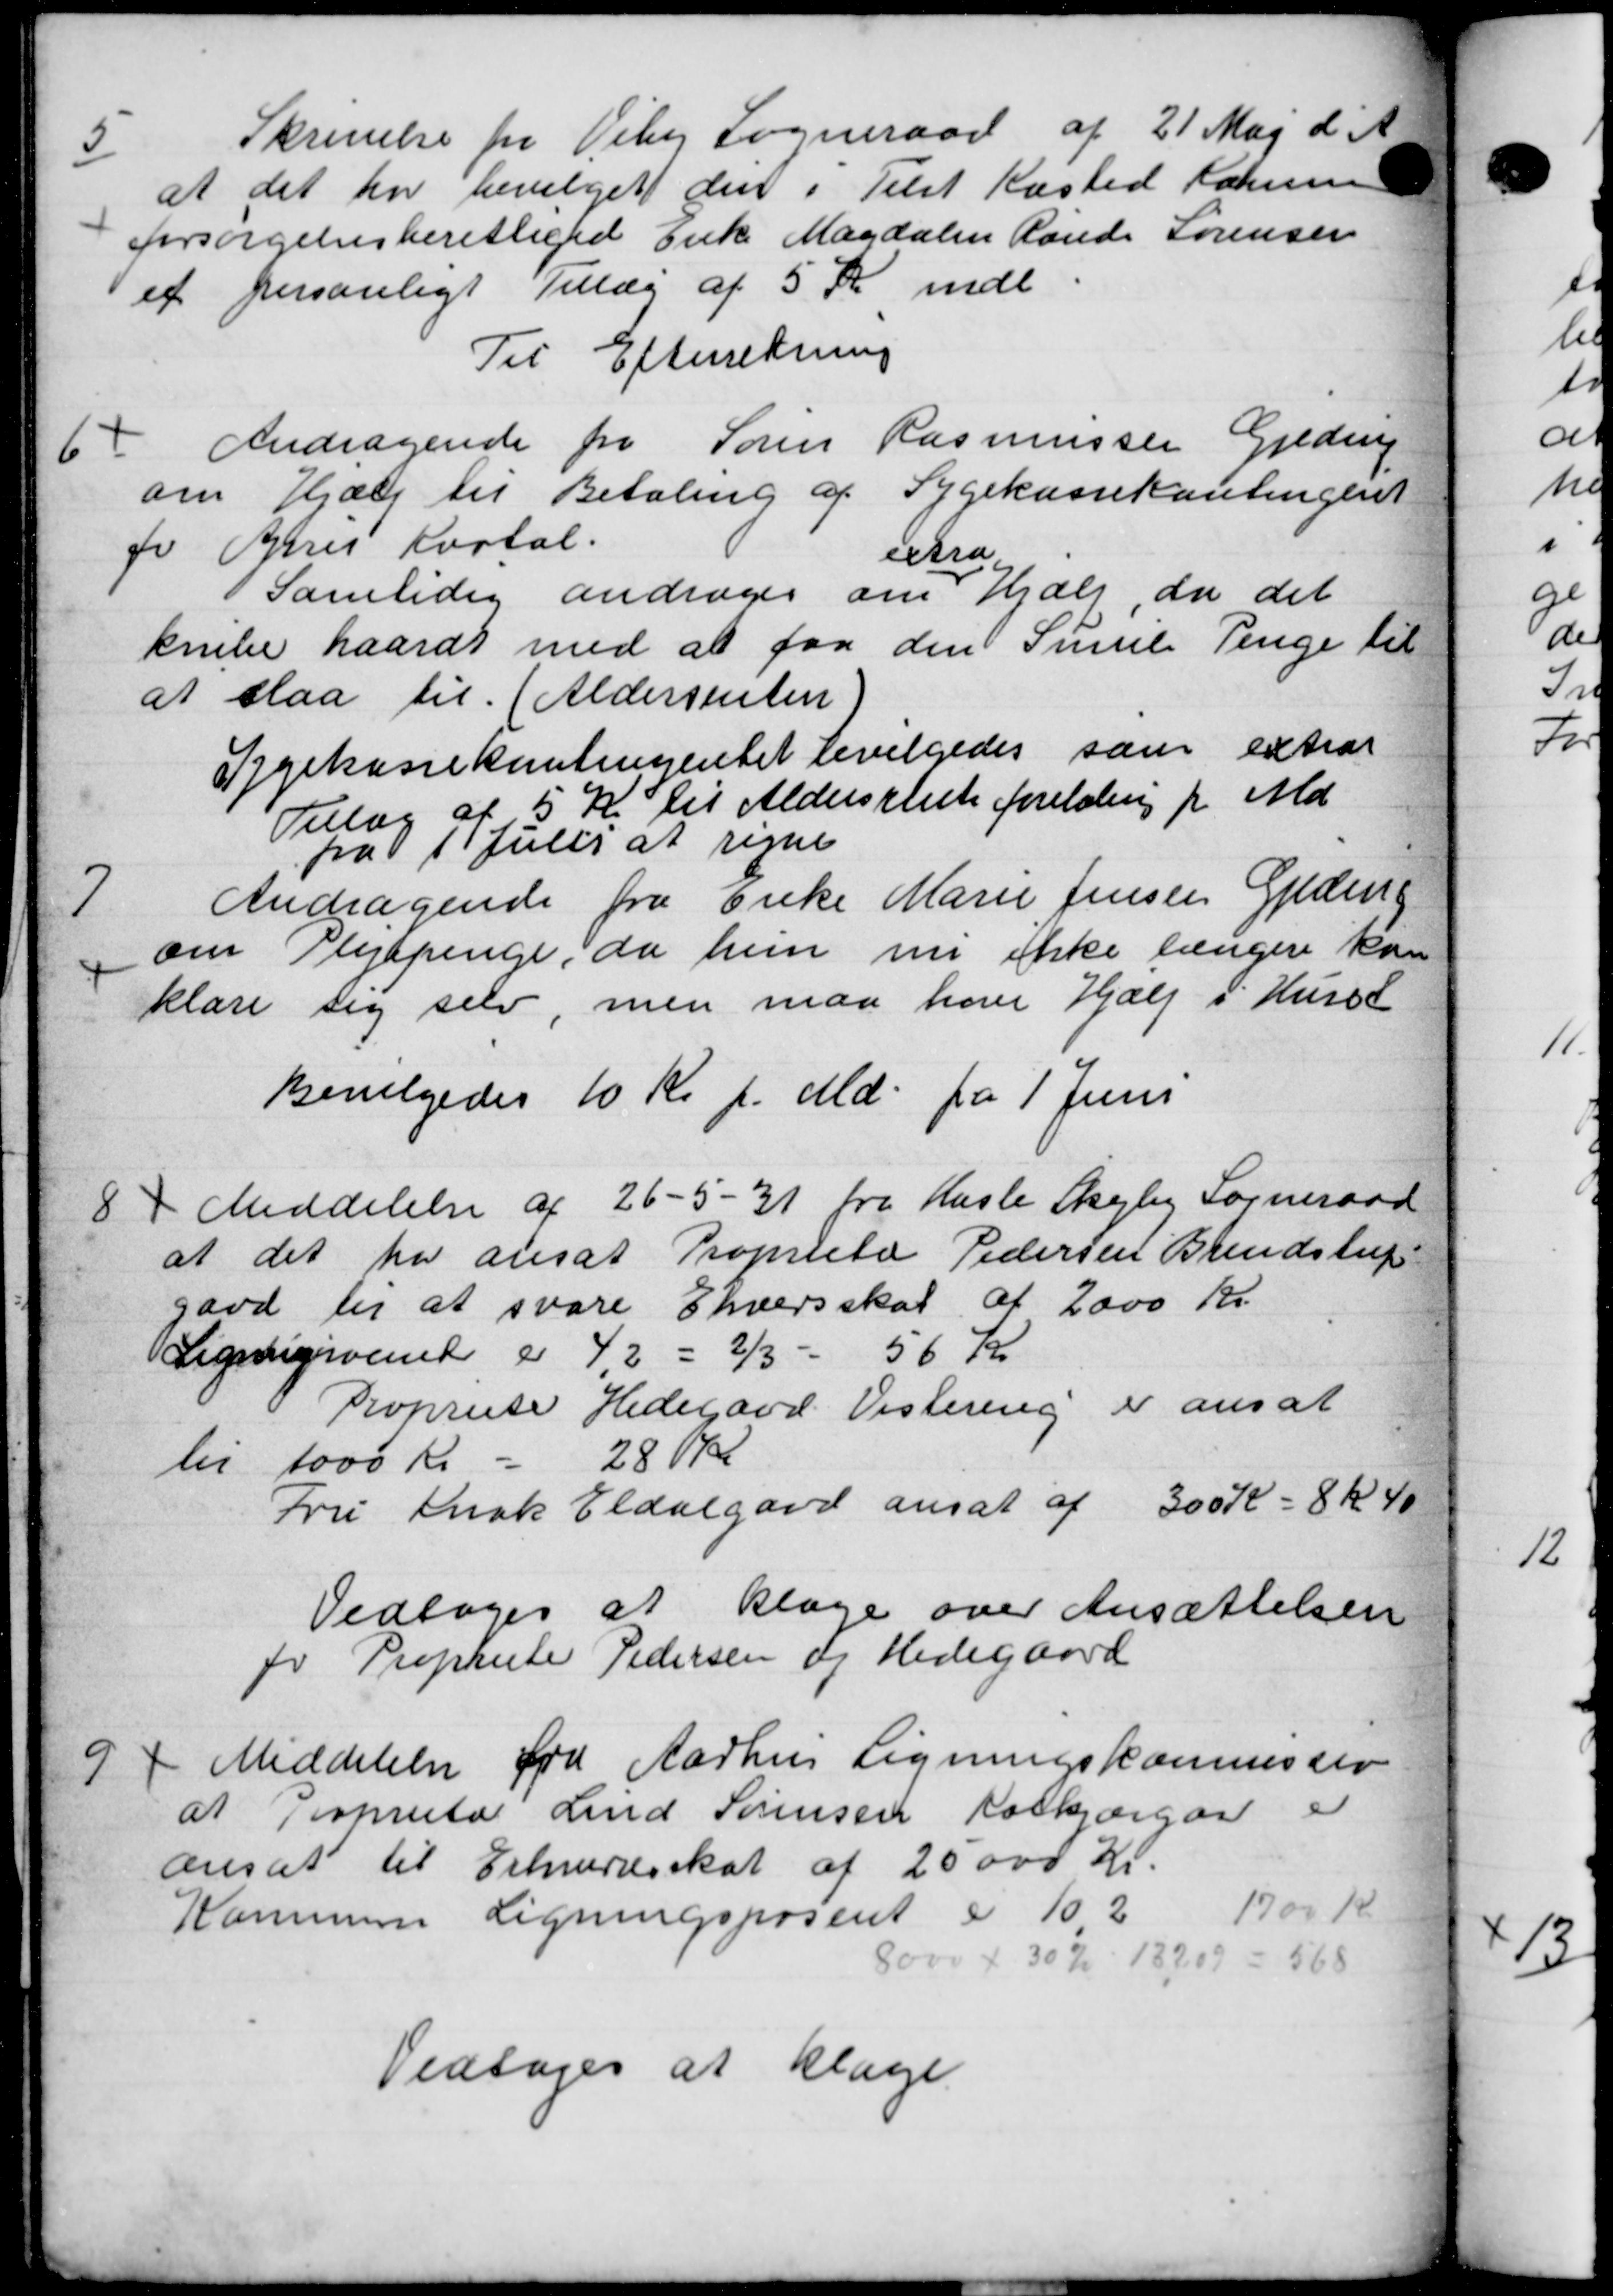
Transskription:
5
Skrivelse fra Viby Sogneraad af 21 Maj d. A.
at det har bevilget den i Tilst Kasted Karre
forsørgelsesberettiget Enke Magdalen Rande Sørensen
et personligt Tillæg af 5 Kr mdl
Til Efterretning
6
Andragende fra Søren Rasmussen Gjedrup
om Hjælp til Betaling af Sygekassekontingent
fo Arres Kartal.
Samtidig andrager om
etra
Hjælp, da det
krike haardt med at faa den Sumil Penge til
at slaa til (Aldersrenten
Sygekassekontingentet bevilgedes som extrar
Tillæg af 5 Kr til Aldersrente foretaling pr Md
fra 1 Juli at regne
7
Andragende fra Enke Marie Jensen Geden
om Plejepenge, da hun nu ikke længere kan
klare sig selv, men maa have Hjælp i Husst
Bevilgedes 10 Kr pr Md. fra 1 Juni
8
Meddelelse af 26 - 5 - 31 fra Hasle Skejby Sogneraad
at det har ansat Proprieto Pedersen Brendstup
gaad til at svare Ehvervsskat af 2000 Kr.
Ligningsvend er 42 = 2/3 - 56 Kr
Proprise Hedegaad Vestering er ansat
til 1000 Kr = 280 Kr
Fru Ansk Eldalgard ansat af 300 Kr = 8 kr 40
Vedtoges at klage over Ansættelsen
po Propheste Pedersen og Hedegaard
9
Meddelelse fra Aarhus Ligningskommissio
at Proprieto Land Sørensen Rolkjærgar
ansat til Erhvervsskat af 20000 Kr.
Kommune Ligningsposeret i 102
1700 Kr.
8000 + 30 % 18209 = 568
Vedtoges at klage